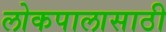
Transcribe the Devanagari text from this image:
लोकपालासाठी